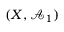
( X , { \mathcal { A } } _ { 1 } )